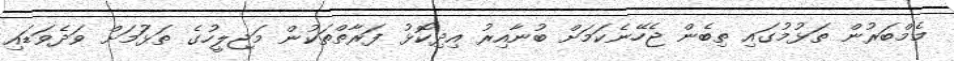
މެމްބަރުން ތަޅުމުގައި ތިބެން ޖެހޭނެކަމަށް ބުނާއިރު އިދިކޮޅު ފަރާތްތަކުން މަޖިލީހުގެ ތަޅުަމަށް ވަދެވަޑައި